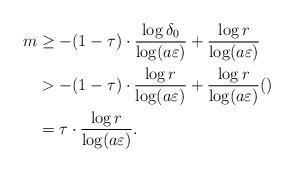
LaTeX: \begin{align*} m &\geq -(1-\tau)\cdot \frac{\log \delta_0}{\log(a\varepsilon)} + \frac{\log r}{\log(a\varepsilon)} \\ &> -(1-\tau)\cdot \frac{\log r}{\log(a\varepsilon)} + \frac{\log r}{\log(a\varepsilon)} () \\ &= \tau\cdot \frac{\log r}{\log(a\varepsilon)}.\end{align*}